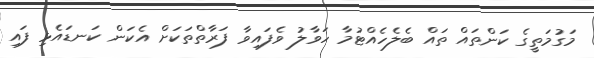
މަގުމަތީގެ ކަންތައް ތައް ބެލެހެއްޓުމާ ހަވާލު ވެފައިވާ ފަރާތްތަކަށް އެކަން ކަނޑައެޅި ފައި